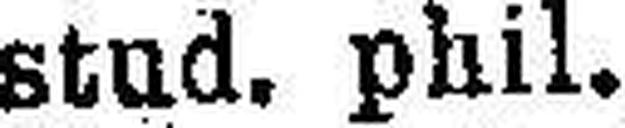
stud. phil.